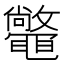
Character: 𣀴